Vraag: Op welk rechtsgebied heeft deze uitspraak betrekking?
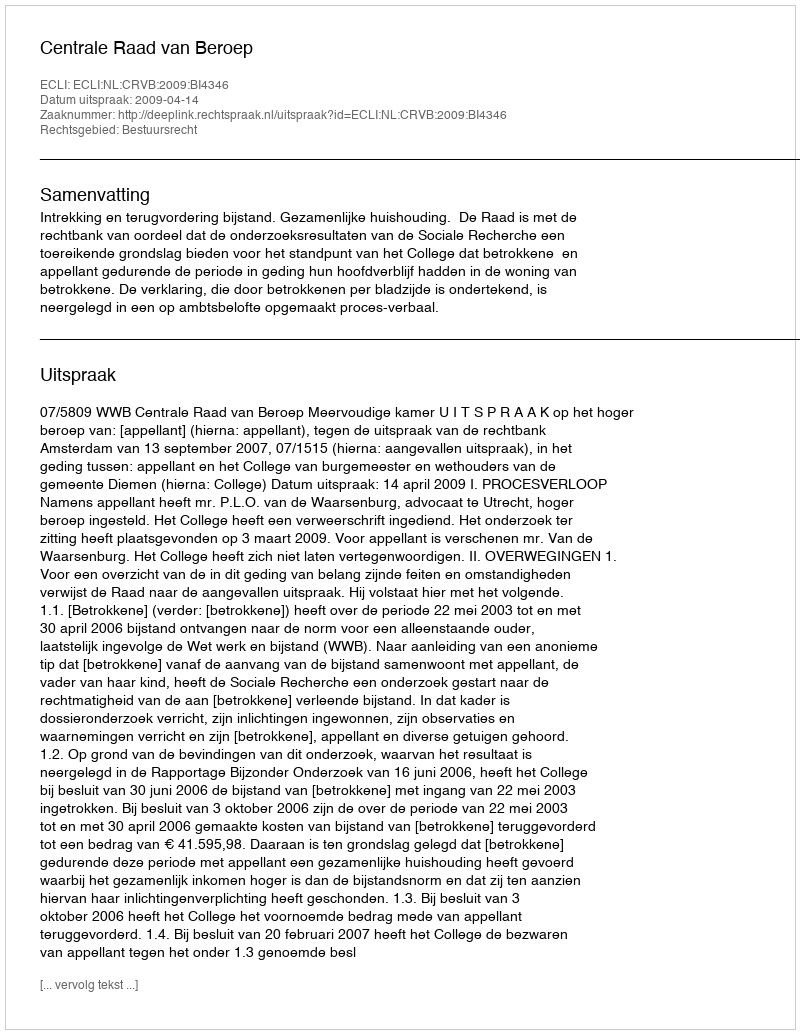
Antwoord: Bestuursrecht